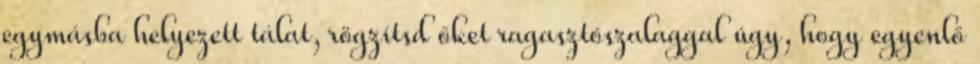
egymásba helyezett tálat, rögzítsd őket ragasztószalaggal úgy, hogy egyenlő